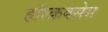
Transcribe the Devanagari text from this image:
हॉरक्रक्सेस